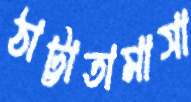
ঠাট্টাতামাসা